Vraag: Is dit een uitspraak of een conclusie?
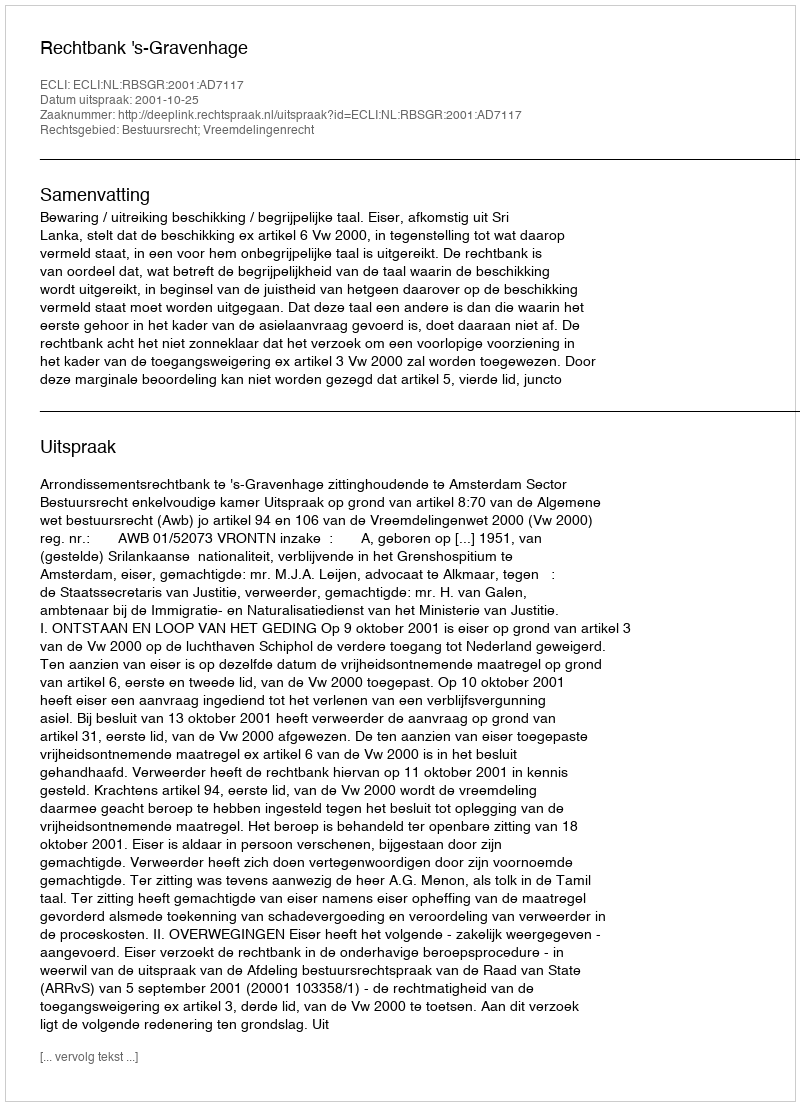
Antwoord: Uitspraak